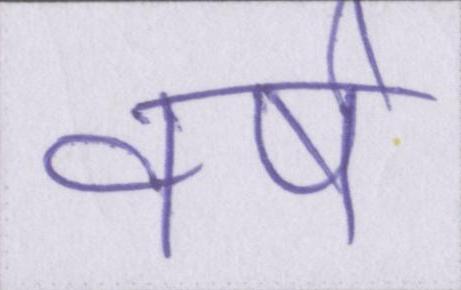
वर्ष